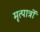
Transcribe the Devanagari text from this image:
मृत्पात्रों